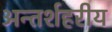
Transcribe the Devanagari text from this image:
अन्तर्शहरीय